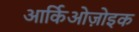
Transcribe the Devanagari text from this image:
आर्किओज़ोइक